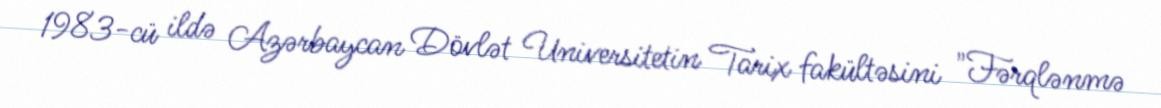
1983-cü ildə Azərbaycan Dövlət Universitetin Tarix fakültəsini "Fərqlənmə